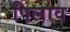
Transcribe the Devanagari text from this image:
पिलाव